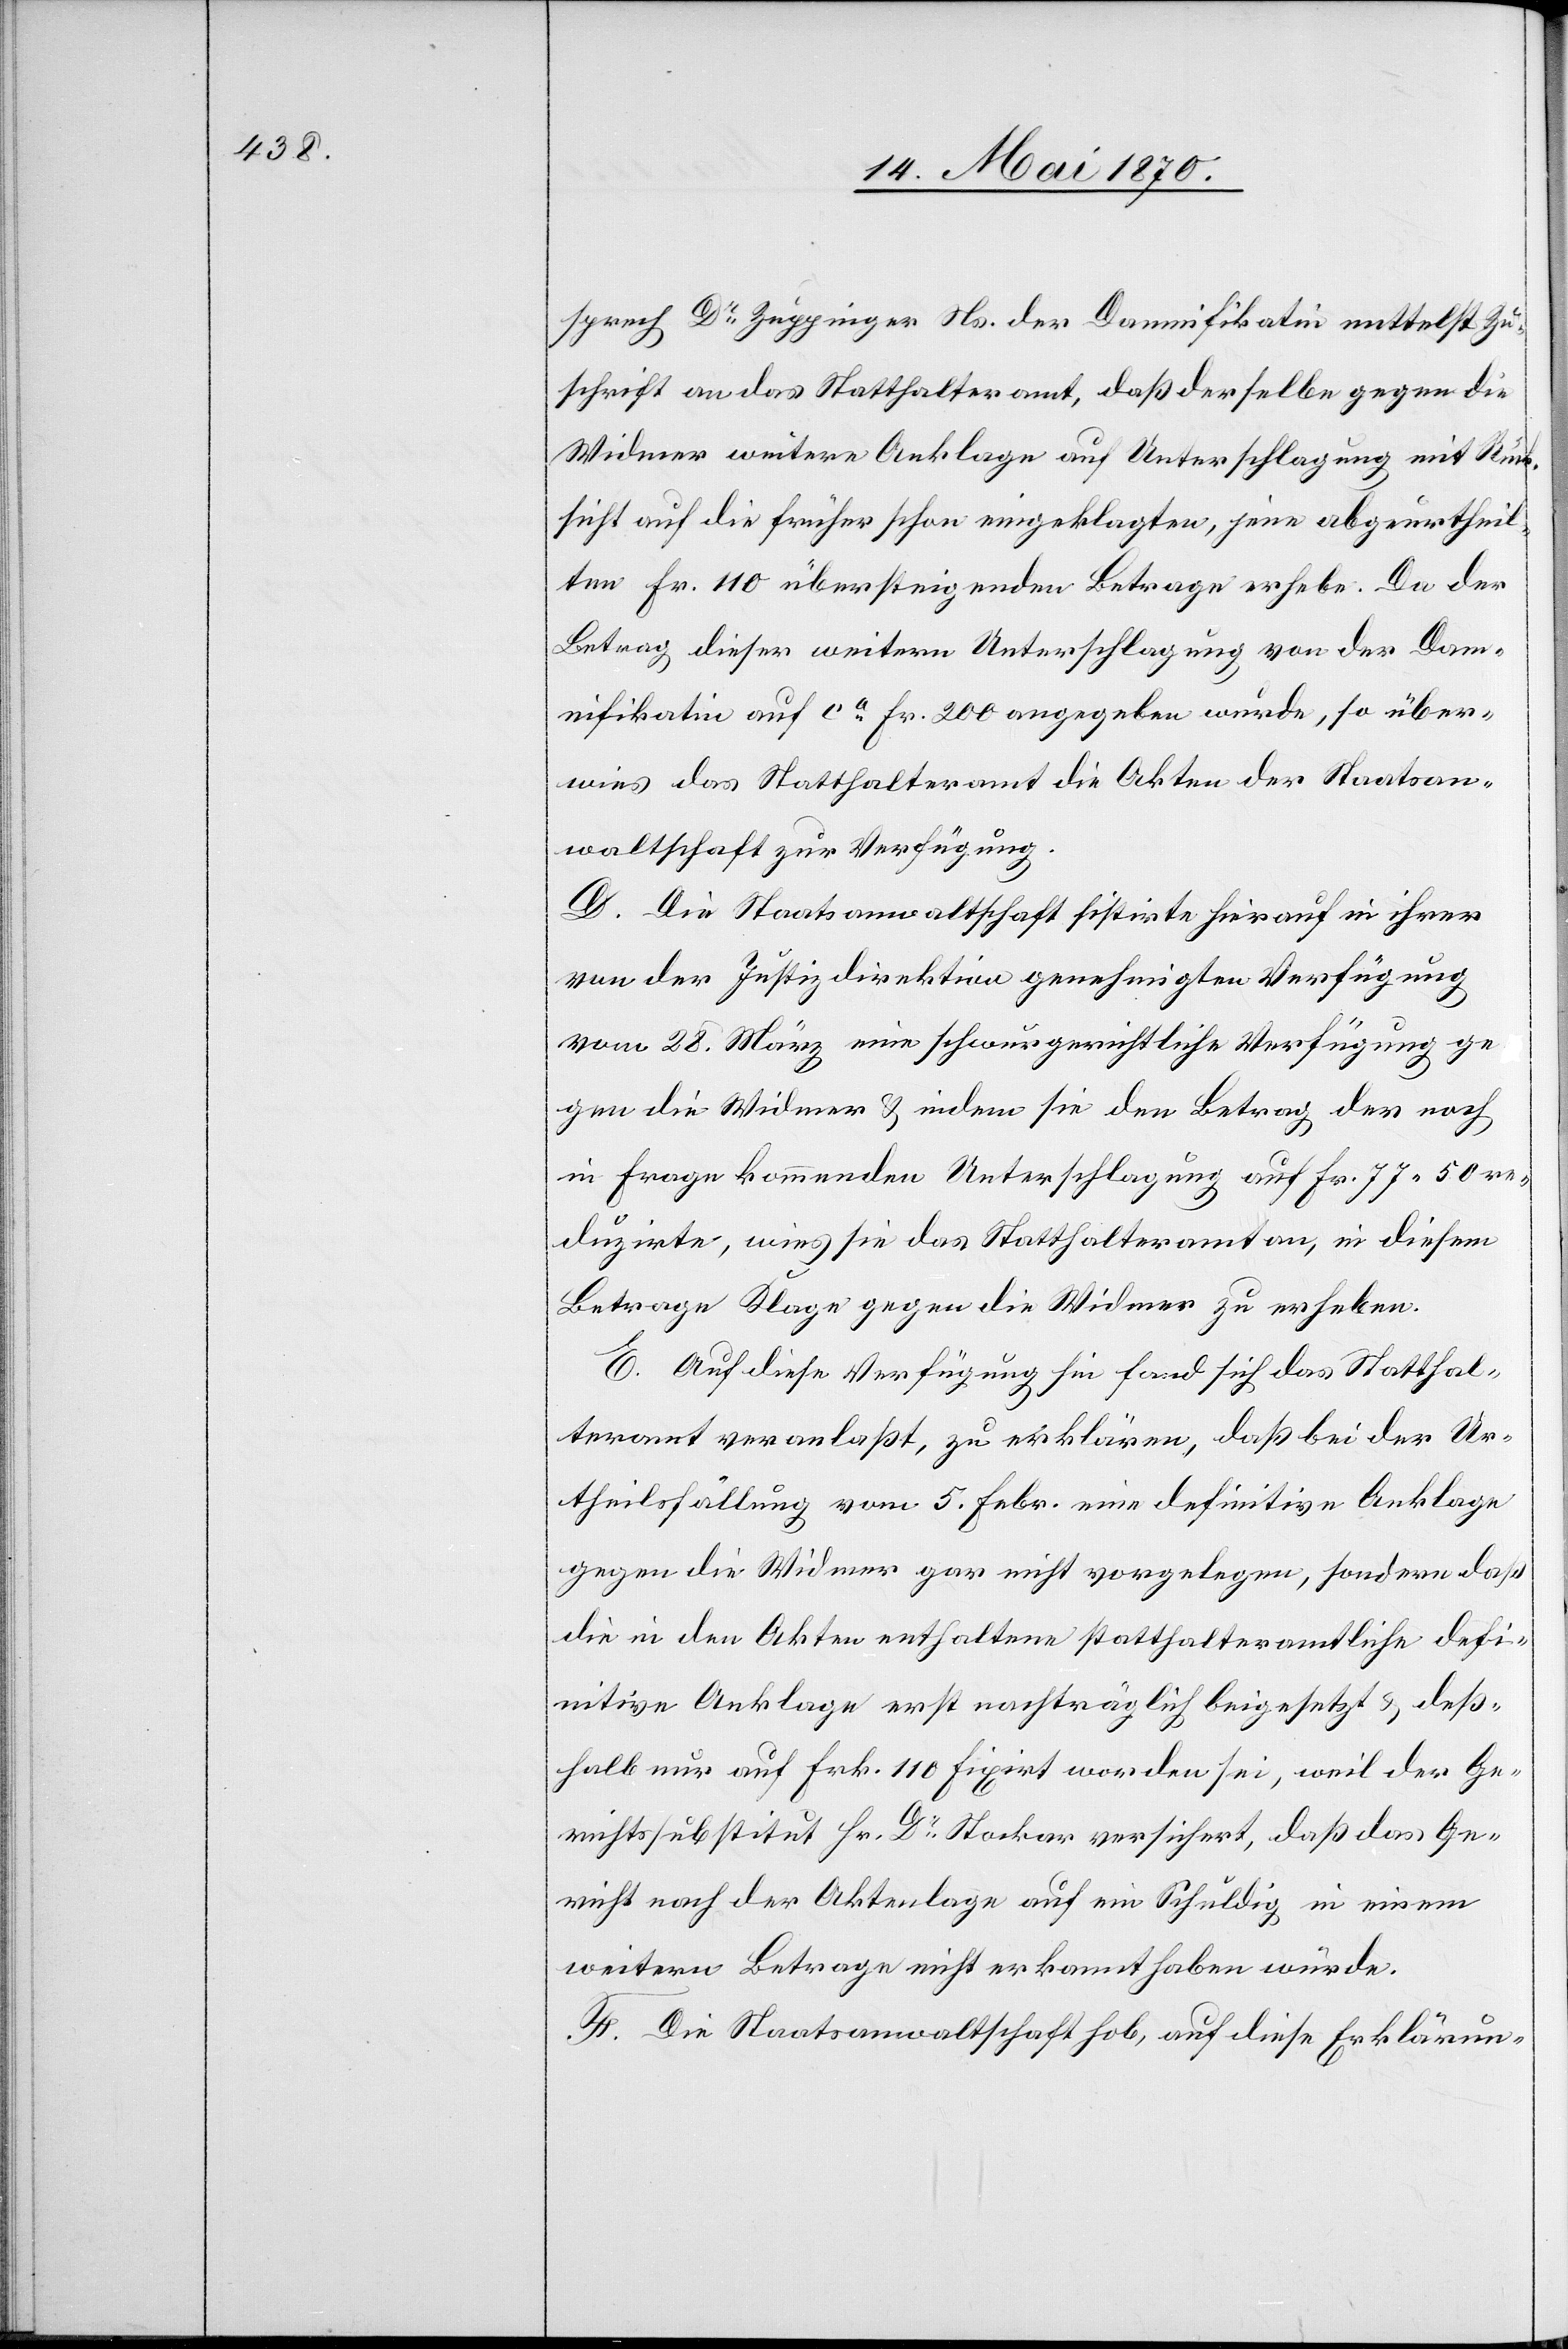
sprech Dr Zuppinger Ns. der Damnifikatin mittelst Zu¬
schrift an das Statthalteramt, daß derselbe gegen die
Widmer weitere Anklage auf Unterschlagung mit Rück¬
sicht auf die früher schon eingeklagten, jene abgeurtheil¬
ten Fr. 110 übersteigenden Betrage erhebe. Da der
Betrag dieser weitern Unterschlagung von der Dam¬
nifikatin auf ca Fr. 200 angegeben wurde, so über¬
wies das Statthalteramt die Akten der Staatsan¬
waltschaft zur Verfügung.
D. Die Staatsanwaltschaft sistirte hierauf in ihrer
von der Justizdirektion genehmigten Verfügung
vom 28. März eine schwurgerichtliche Verfügung ge¬
gen die Widmer & indem sie den Betrag der noch
in Frage kommenden Unterschlagung auf Fr. 77.50 re¬
duzirte, wies sie das Statthalteramt an, in diesem
Betrage Klage gegen die Widmer zu erheben.
E. Auf diese Verfügung hin fand sich das Statthal¬
teramt veranlaßt, zu erklären, daß bei der Ur¬
theilsfällung vom 5. Febr. eine definitive Anklage
gegen die Widmer gar nicht vorgelegen, sondern daß
die in den Akten enthaltene statthalteramtliche defi¬
nitive Anklage erst nachträglich beigesetzt & deß¬
halb nur auf Frk. 110 fixirt worden sei, weil der Ge¬
richtssubstitut Hr. Dr Stockar versichert, daß das Ge¬
richt nach der Aktenlage auf ein Schuldig in einem
weitern Betrage nicht erkannt haben würde.
F. Die Staatsanwaltschaft hob, auf diese Erklärun-